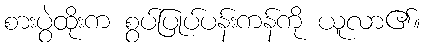
စားပွဲထိုးက စွပ်ပြုပ်ပန်းကန်ကို ယူလာ၏။